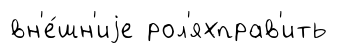
вн'е́шн'иjе рол'яхправ'ить